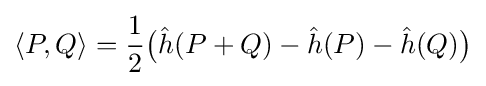
\langle P,Q\rangle ={\frac {1}{2}}{\bigl (}{\hat {h}}(P+Q)-{\hat {h}}(P)-{\hat {h}}(Q){\bigr )}